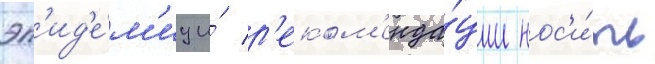
эп'ид'е́м'иу и́ р'еком'енда́ции нос'и́ть